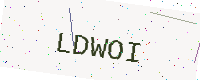
Text: LDWOI